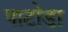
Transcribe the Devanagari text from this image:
पाटोडा